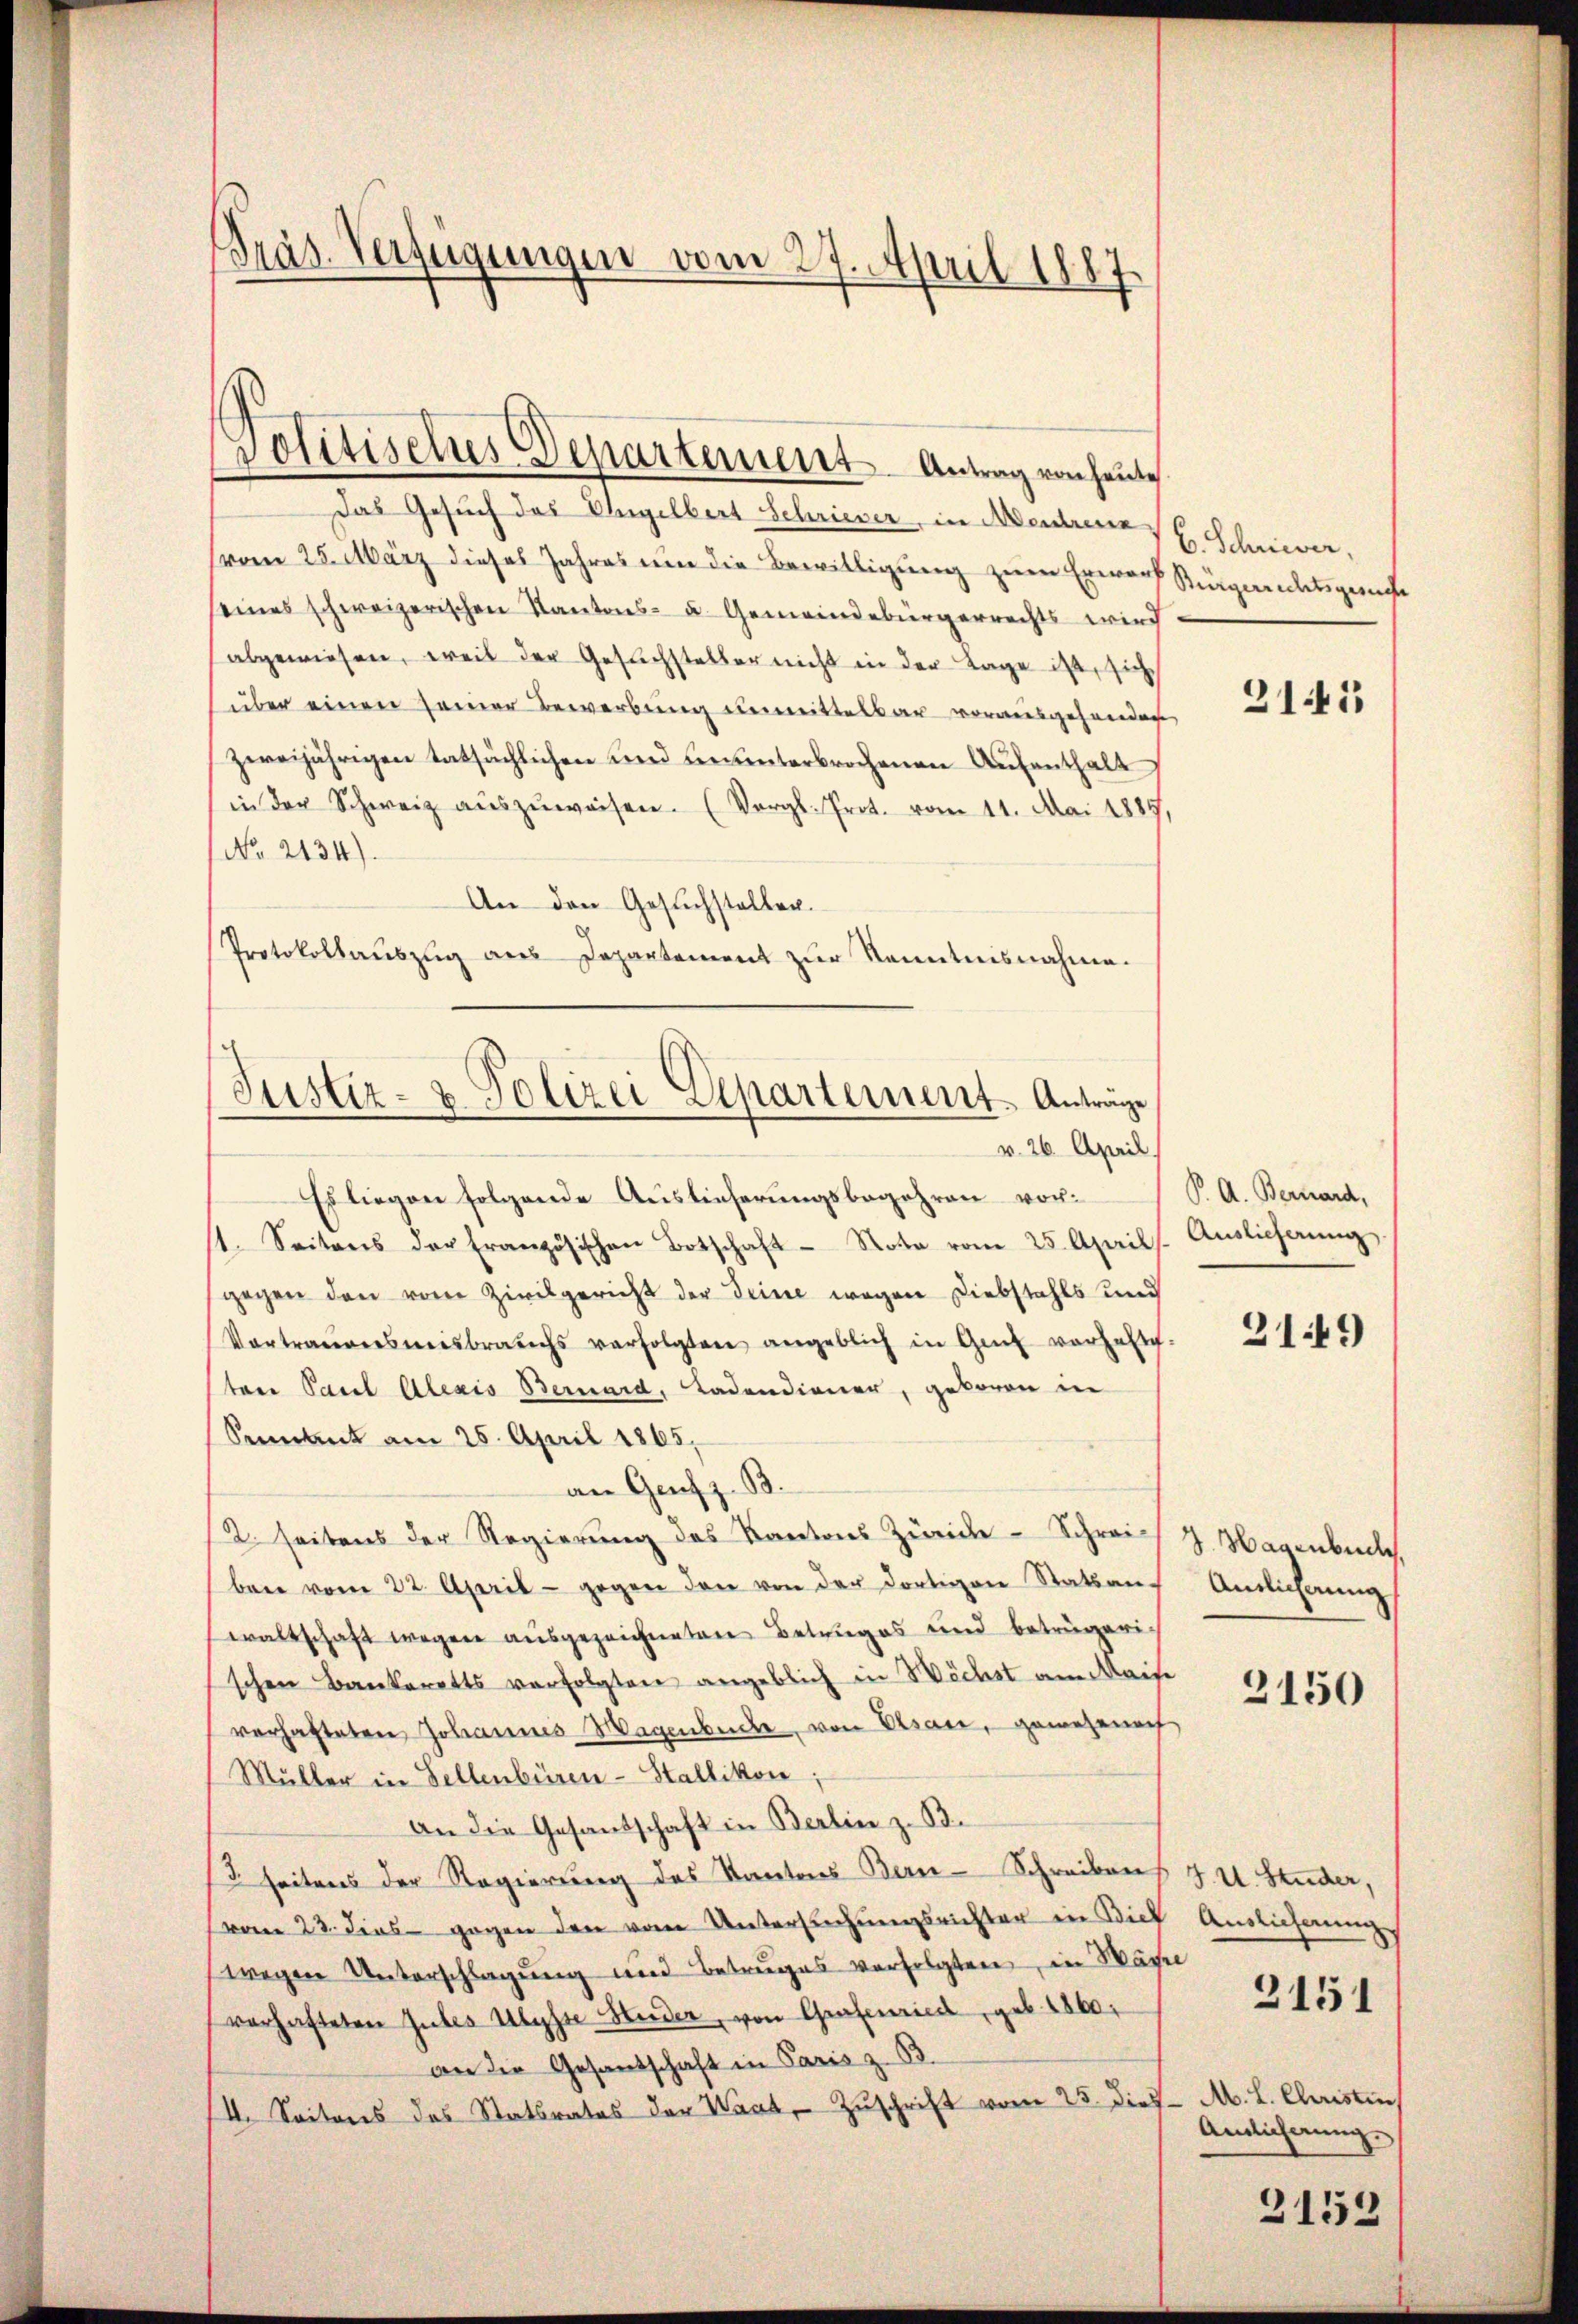
Präs. Verfügungen vom 27. April 1887

politisches Departement. Antrag von heute
Das Gesuch das Ungelbert Schrieber, in Aenstrenn

(vom 25. März dieses Jahres um die Bewilligung zum Erwarf Rürgaretsgange
eines schweizerischen Kantons- u. Gemeindebürgerrechts wird
abgewiesen, weil der Gesuchsteller nicht in der Tage ist, sich
über einen seiner Bewerbung unmittelbar vorausgehanden
zweijährigen tatsächlichen und ununterbrochenen Aufenthalt
in der Schweiz aŭszŭweisen. (Vergl. Prot. vom 11. Mai 1889,
No. 2134)
An den Gesŭchsteller.
Protokollauszug aus Departement zur Kenntnisnahmen.

4
Justiz- & Polizei Departement. Anträge
v. 26. April.

Es liegen folgende Auslieferungsbegehren vor¬
11. Seitens der Französischen Botschaft Rota vom 25. April
gegen den von Zivilgericht der Deine wegen Diebstahls und
Vortrauensmisbrauchs verfolgten angeblich in Genf verhalte.
sten Paul Alexis Bernard, Ladendiener, geboren in
Setent am 25. April 1865.
an Genf z. B.
2. seitens der Regierung des Kantons Zürich - Schrei J. Hagenbeck,
bene vom 22. April - gegen den von der dortigen Statsan-
waltschaft wegen ausgezeichneten Betruges und betrügeric
schen Bankaretts verfolgten angeblich in Wechst am Kaise
verhafteten Johannes Magenbuche, von Elsau, gewesenach
Müller in Sellenbüren-Stallikon;
An die Gesandschaft in Berlin z. B.
3 seitens der Regierung des Kantons Bern-Schreibens J. U. Studer,
vom 23. dies gegen den vom Untersŭchŭngsrichter in Biel Auslieferung
wegen Unterschlagung und Betruges verfolgten, in Wäche
vorhafteten Gutes Ulysse Heider, von Grafenriedl, geb. 1860
an die Gesandschaft in Paris z. B.
II. Seitens des Statsrates der Waat, Zuschrift vom 25. dies

C. Schrieber,

2141

P. A. Bernard,
Auslieferung

2149)

Amlichnung

3150

M. L. Christis
Andlicherung.

2151

2153